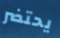
يحتضر